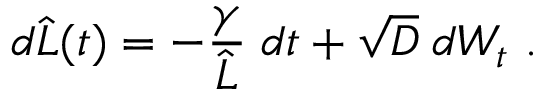
d \widehat { L } ( t ) = - \frac { \gamma } { \widehat { L } } \; d t + \sqrt { D } \; d W _ { t } \ .